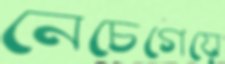
নেচেগেয়ে